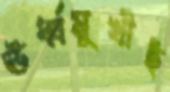
ঊর্ধ্বমুখীই